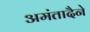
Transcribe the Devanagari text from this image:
अमंतादैने